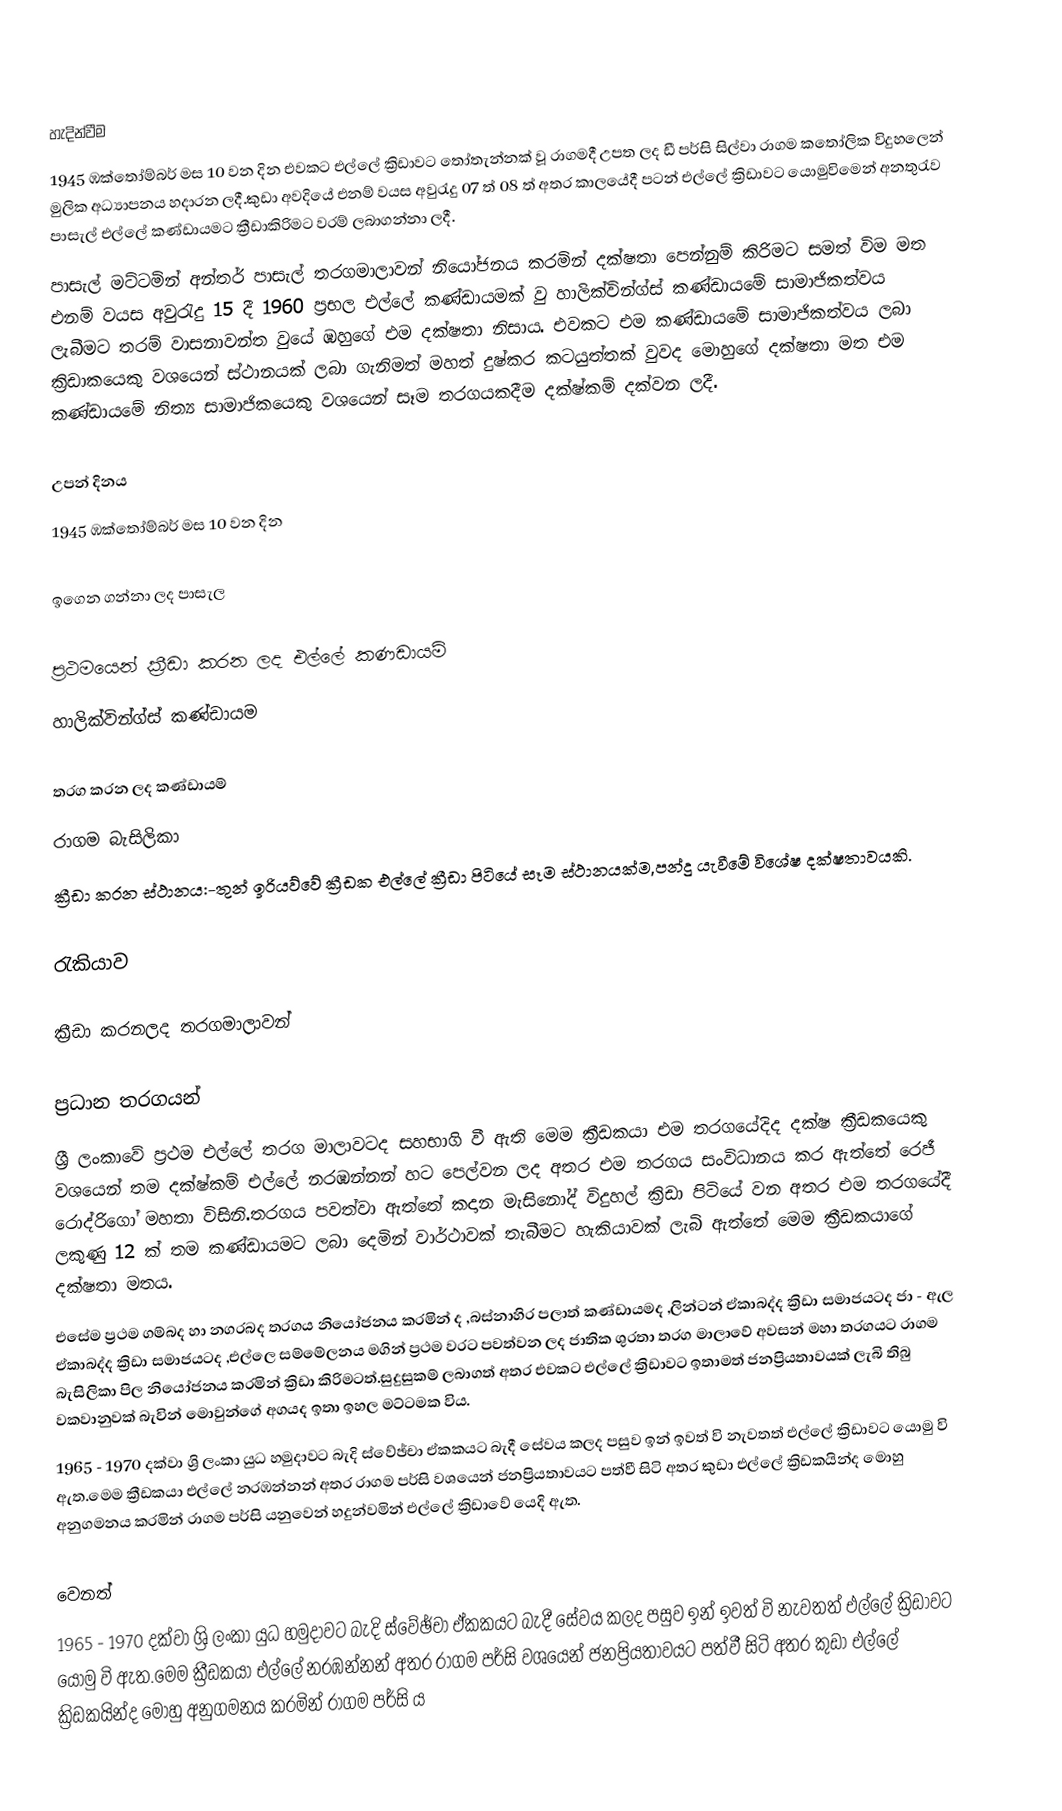

හැදින්වීම
1945 ඹක්තෝම්බර් මස 10 වන දින එවකට එල්ලේ ක්‍රිඩාවට තෝතැන්නක් වූ රාගමදී උපත ලද ඩී පර්සි සිල්වා රාගම කතෝලික විදුහලෙන් මුලික අධ්‍යාපනය හදාරන ලදී.කුඩා අවදියේ එනම් වයස අවුරැදු 07 ත් 08 ත්  අතර කාලයේදී පටන් එල්ලේ ක්‍රිඩාවට යොමුවිමෙන් අනතුරැව පාසැල් එල්ලේ කණ්ඩායමට ක්‍රීඩාකිරිමට වරම් ලබාගන්නා ලදී.
      පාසැල් මට්ටමින් අන්තර් පාසැල් තරගමාලාවන් නියෝජනය කරමින් දක්ෂතා පෙන්නුම් කිරිමට සමත් විම මත එනම් වයස අවුරැදු 15 දී  1960 ප්‍රභල එල්ලේ කණ්ඩායමක් වු හාලික්වින්ග්ස් කණ්ඩායමේ සාමාජිකත්වය ලැබීමට තරම් වාසනාවන්ත වුයේ ඹහුගේ එම දක්ෂතා නිසාය. එවකට එම කණ්ඩායමේ සාමාජිකත්වය ලබා ක්‍රිඩාකයෙකු වශයෙන් ස්ථානයක් ලබා ගැනිමත් මහත් දුෂ්කර කටයුත්තක් වුවද මොහුගේ දක්ෂතා මත එම කණ්ඩායමේ නිත්‍ය සාමාජිකයෙකු වශයෙන් සෑම තරගයකදීම දක්ෂ්කම් දක්වන ලදී.

උපන් දිනය
1945 ඹක්තෝම්බර් මස 10 වන දින

ඉගෙන ගන්නා ලද පාසැල

ප්‍රථමයෙන් ක්‍රීඩා කරන ලද එල්ලේ කණඩායම්
හාලික්වින්ග්ස් කණ්ඩායම

තරග කරන ලද කණ්ඩායම්
රාගම බැසිලිකා
ක්‍රීඩා කරන ස්ථානය:-තුන් ඉරියව්වේ ක්‍රීඩක එල්ලේ ක්‍රීඩා පිටියේ සෑම ස්ථානයක්ම,පන්දු යැවීමේ විශේෂ දක්ෂතාවයකි.

රැකියාව

ක්‍රීඩා කරනලද තරගමාලාවන්

ප්‍රධාන තරගයන්
ශ්‍රී ලංකාවේ ප්‍රථම එල්ලේ තරග මාලාවටද සහභාගි වී ඇති මෙම ක්‍රීඩකයා එම තරගයේදිද දක්ෂ ක්‍රීඩකයෙකු වශයෙන් තම දක්ෂ්කම් එල්ලේ නරඹන්නන් හට පෙල්වන ලද අතර එම තරගය සංවිධානය කර ඇත්තේ රෙජී රොද්රිගෝ මහතා විසිනි.තරගය පවත්වා ඇත්තේ කදාන මැසිනෝද් විදුහල් ක්‍රිඩා පිටියේ වන අතර එම තරගයේදී ලකුණු 12 ක් තම කණ්ඩායමට ලබා දෙමින් වාර්ථාවක් තැබීමට හැකියාවක් ලැබි ඇත්තේ මෙම ක්‍රීඩකයාගේ දක්ෂතා මතය.
එසේම ප්‍රථම ගම්බද හා නගරබද තරගය නියෝජනය කරමින් ද ,බස්නාහිර පලාත් කණ්ඩායමද ,ලින්ටන් ඒකාබද්ද ක්‍රිඩා සමාජයටද ජා - ඇල ඒකාබද්ද ක්‍රිඩා සමාජයටද ,එල්ලෙ සම්මේලනය මගින් ප්‍රථම වරට පවත්වන ලද ජාතික ශුරතා තරග මාලාවේ අවසන් මහා තරගයට රාගම බැසිලිකා පිල නියෝජනය කරමින් ක්‍රිඩා කිරිමටත්.සුදුසුකම් ලබාගත් අතර එවකට එල්ලේ ක්‍රිඩාවට ඉතාමත් ජනප්‍රියතාවයක් ලැබි තිබු වකවානුවක් බැවින් මොවුන්ගේ අගයද ඉතා ඉහල මට්ටමක විය.
1965 - 1970 දක්වා ශ්‍රි ලංකා යුධ හමුදාවට බැදි ස්වේඡ්චා ඒකකයට බැදී සේවය කලද පසුව ඉන් ඉවත් වි නැවතත් එල්ලේ ක්‍රිඩාවට යොමු වි ඇත.මෙම ක්‍රීඩකයා එල්ලේ නරඹන්නන් අතර රාගම පර්සි වශයෙන් ජනප්‍රියතාවයට පත්වී සිටි අතර කුඩා එල්ලේ ක්‍රිඩකයින්ද මොහු අනුගමනය කරමින් රාගම පර්සි යනුවෙන් හදුන්වමින් එල්ලේ ක්‍රිඩාවේ යෙදි ඇත.

වෙනත්
1965 - 1970 දක්වා ශ්‍රි ලංකා යුධ හමුදාවට බැදි ස්වේඡ්චා ඒකකයට බැදී සේවය කලද පසුව ඉන් ඉවත් වි නැවතත් එල්ලේ ක්‍රිඩාවට යොමු වි ඇත.මෙම ක්‍රීඩකයා එල්ලේ නරඹන්නන් අතර රාගම පර්සි වශයෙන් ජනප්‍රියතාවයට පත්වී සිටි අතර කුඩා එල්ලේ ක්‍රිඩකයින්ද මොහු අනුගමනය කරමින් රාගම පර්සි ය